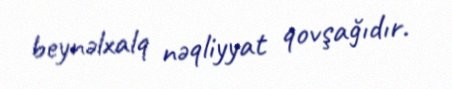
beynəlxalq nəqliyyat qovşağıdır.